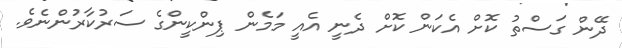
ދޭން ގަސްތު ކޮށް އެކަން ކޮށް ދެނީ އެއީ މަމެން ޕިންކީންގެ ސަރުކާރުންނެވެ.